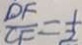
\frac { D F } { C F } = \frac { 1 } { 2 }